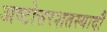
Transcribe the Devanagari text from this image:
अष्टोत्तरशतस्यादौ